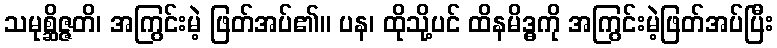
သမုစ္ဆိဇ္ဇတိ၊ အကြွင်းမဲ့ ဖြတ်အပ်၏။ ပန၊ ထိုသို့ပင် ထိနမိဒ္ဓကို အကြွင်းမဲ့ဖြတ်အပ်ပြီး